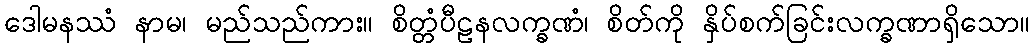
ဒေါမနဿံ နာမ၊ မည်သည်ကား။ စိတ္တံပီဠနလက္ခဏံ၊ စိတ်ကို နှိပ်စက်ခြင်းလက္ခဏာရှိသော။